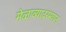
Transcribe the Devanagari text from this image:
मेळाव्यादरम्यान